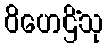
ဝိဟေဌိံသု